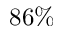
8 6 \%